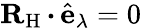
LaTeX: {\mathbf{R}}_{\mathrm{H}}\, {\boldsymbol{\cdot}}\, \hat{\mathbf{e}}_{\lambda}=0